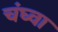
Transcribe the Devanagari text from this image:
चंघ्वा